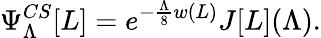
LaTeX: \Psi_{\Lambda}^{CS}[L]=e^{-{\frac{\Lambda}{8}}w(L)}J[L](\Lambda).